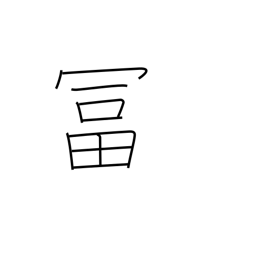
Meaning: wealthy